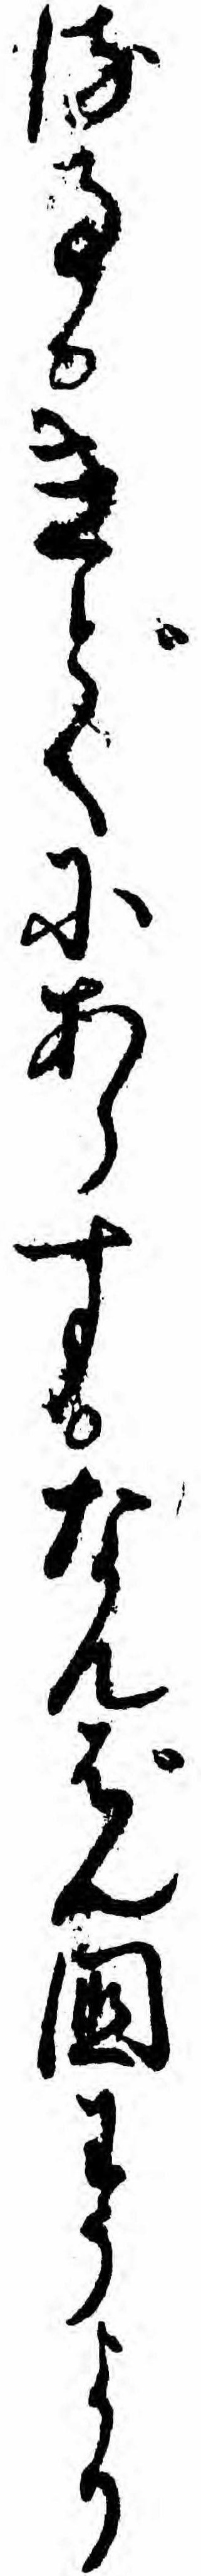
る事きどくにあらすなんばん国わうより